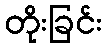
တိုးခြင်း